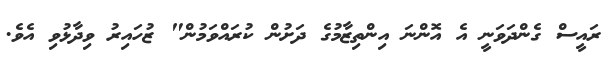
ރައީސް ގެންދަވަނީ އެ އޮންނަ އިންތިޒާމުގެ ދަށުން ކުރައްވަމުން" ޒުހައިރު ވިދާޅުވި އެވެ.